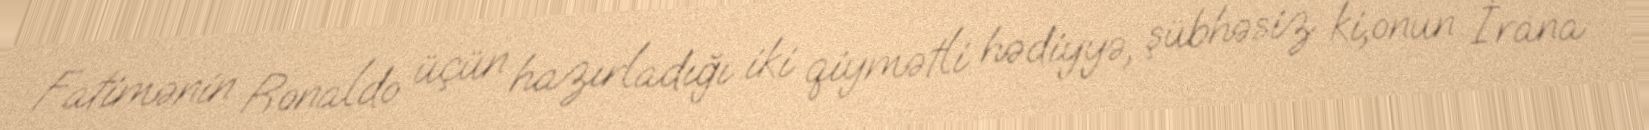
Fatimənin Ronaldo üçün hazırladığı iki qiymətli hədiyyə, şübhəsiz ki,onun İrana